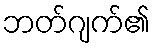
ဘတ်ဂျက်၏